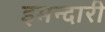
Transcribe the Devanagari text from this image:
इमन्दारी